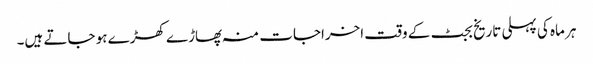
ہر ماہ کی پہلی تاریخ بجٹ کے وقت اخراجات منہ پھاڑے کھڑے ہو جاتے ہیں۔